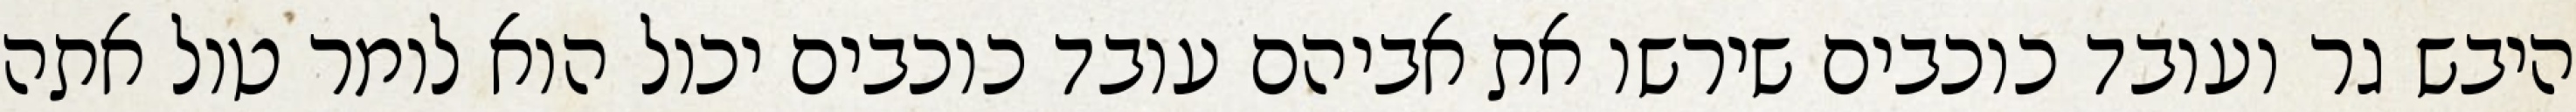
היבש גר ועובד כוכבים שירשו את אביהם עובד כוכבים יכול הוא לומר טול אתה